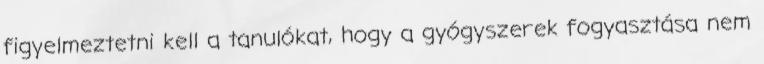
figyelmeztetni kell a tanulókat, hogy a gyógyszerek fogyasztása nem